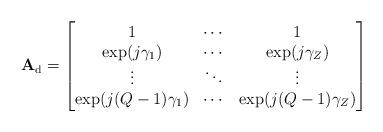
LaTeX: \begin{align*} \mathbf{A}_{\mathrm{d}}=\begin{bmatrix} 1 & \cdots & 1\\ \exp(j\gamma_1) & \cdots & \exp(j\gamma_Z)\\ \vdots & \ddots & \vdots\\ \exp(j(Q-1)\gamma_1) & \cdots & \exp(j(Q-1)\gamma_Z) \end{bmatrix}\end{align*}